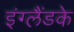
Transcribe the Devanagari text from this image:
इंग्लैंडके